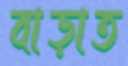
বাড়াত